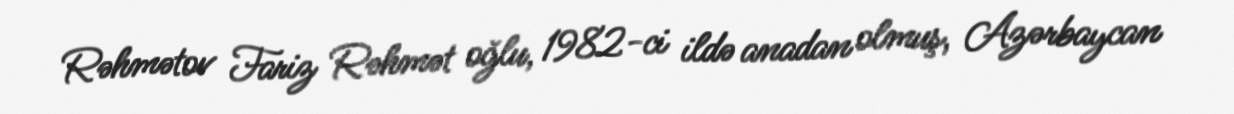
Rəhmətov Fariz Rəhmət oğlu, 1982-ci ildə anadan olmuş, Azərbaycan